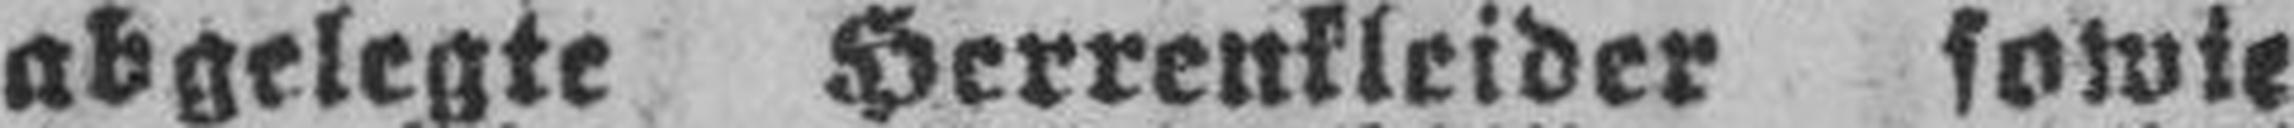
abgelegte Herrenkleider sowie